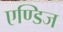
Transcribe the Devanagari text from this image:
एण्डिज